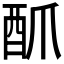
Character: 𮠜